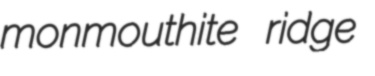
monmouthite ridge